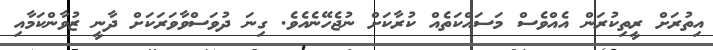
އިތުރަށް ރީތިކުރަން އެއްވެސް މަސައްކަތެއް ކުރާކަށް ނުޖެހޭނެއެވެ. ގިނަ ދުވަސްވާވަރަކަށް ދާނީ ޒުވާންކަމާއި